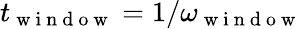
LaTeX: t_{\mathrm{~w~i~n~d~o~w~}}=1/\omega_{\mathrm{~w~i~n~d~o~w~}}